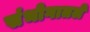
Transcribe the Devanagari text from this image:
संभोगातले